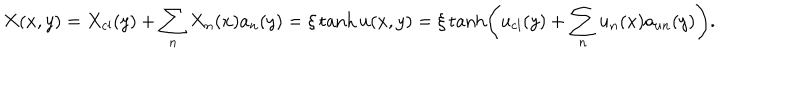
LaTeX: X ( x , y ) = X _ { \mathrm { c l } } ( y ) + \sum _ { n } X _ { n } ( x ) a _ { n } ( y ) = \xi \tanh u ( x , y ) = \xi \tanh \left( u _ { \mathrm { c l } } ( y ) + \sum _ { n } u _ { n } ( x ) a _ { u n } ( y ) \right) .